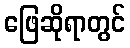
ဖြေဆိုရာတွင်